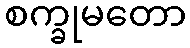
စက္ခုမတော